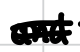
Text: and
Cross-out: mix
Writing tool: digital_black